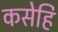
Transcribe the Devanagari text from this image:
कसेहि